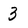
Character: 3